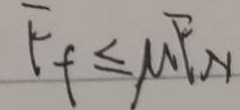
F _ { f } \leq M F _ { N }